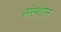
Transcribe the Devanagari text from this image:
संस्थाान